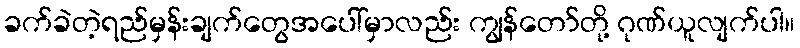
ခက်ခဲတဲ့ရည်မှန်းချက်တွေအပေါ်မှာလည်း ကျွန်တော်တို့ ဂုဏ်ယူလျက်ပါ။